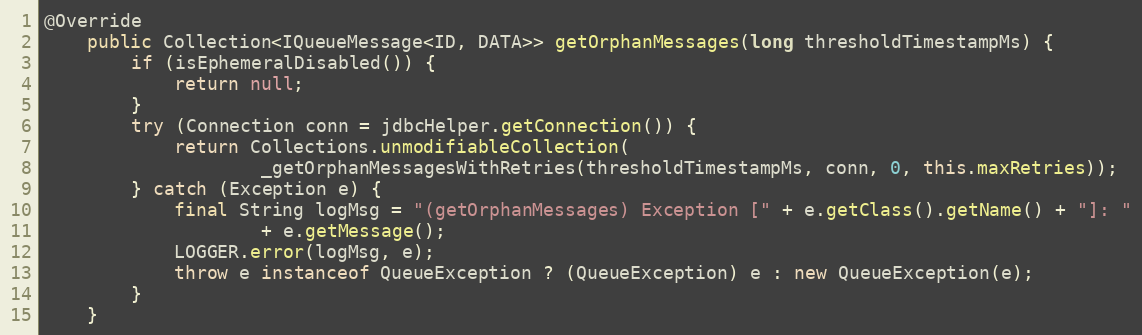
Language: Java
@Override
    public Collection<IQueueMessage<ID, DATA>> getOrphanMessages(long thresholdTimestampMs) {
        if (isEphemeralDisabled()) {
            return null;
        }
        try (Connection conn = jdbcHelper.getConnection()) {
            return Collections.unmodifiableCollection(
                    _getOrphanMessagesWithRetries(thresholdTimestampMs, conn, 0, this.maxRetries));
        } catch (Exception e) {
            final String logMsg = "(getOrphanMessages) Exception [" + e.getClass().getName() + "]: "
                    + e.getMessage();
            LOGGER.error(logMsg, e);
            throw e instanceof QueueException ? (QueueException) e : new QueueException(e);
        }
    }